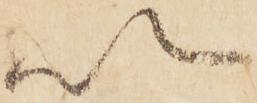
以